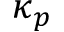
\kappa _ { p }